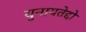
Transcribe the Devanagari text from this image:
युनायतेद्दो